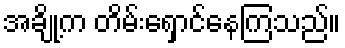
အချို့က တိမ်းရှောင်နေကြသည်။